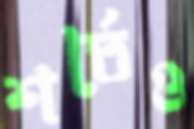
শর্তেও